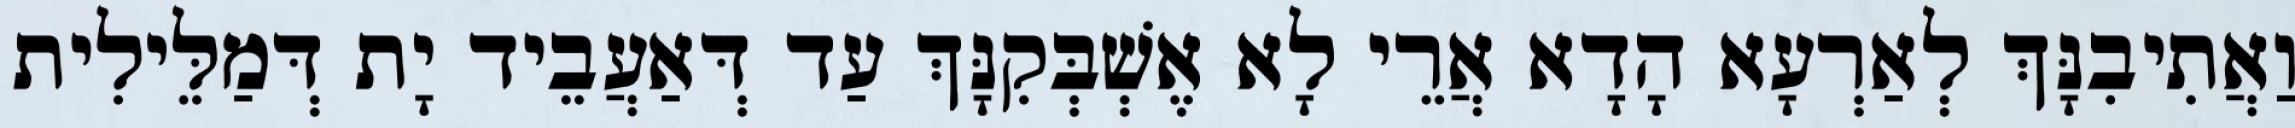
וַאֲתִיבִנָּךְ לְאַרְעָא הָדָא אֲרֵי לָא אֶשְׁבְּקִנָּךְ עַד דְּאַעֲבֵיד יָת דְּמַלֵּילִית